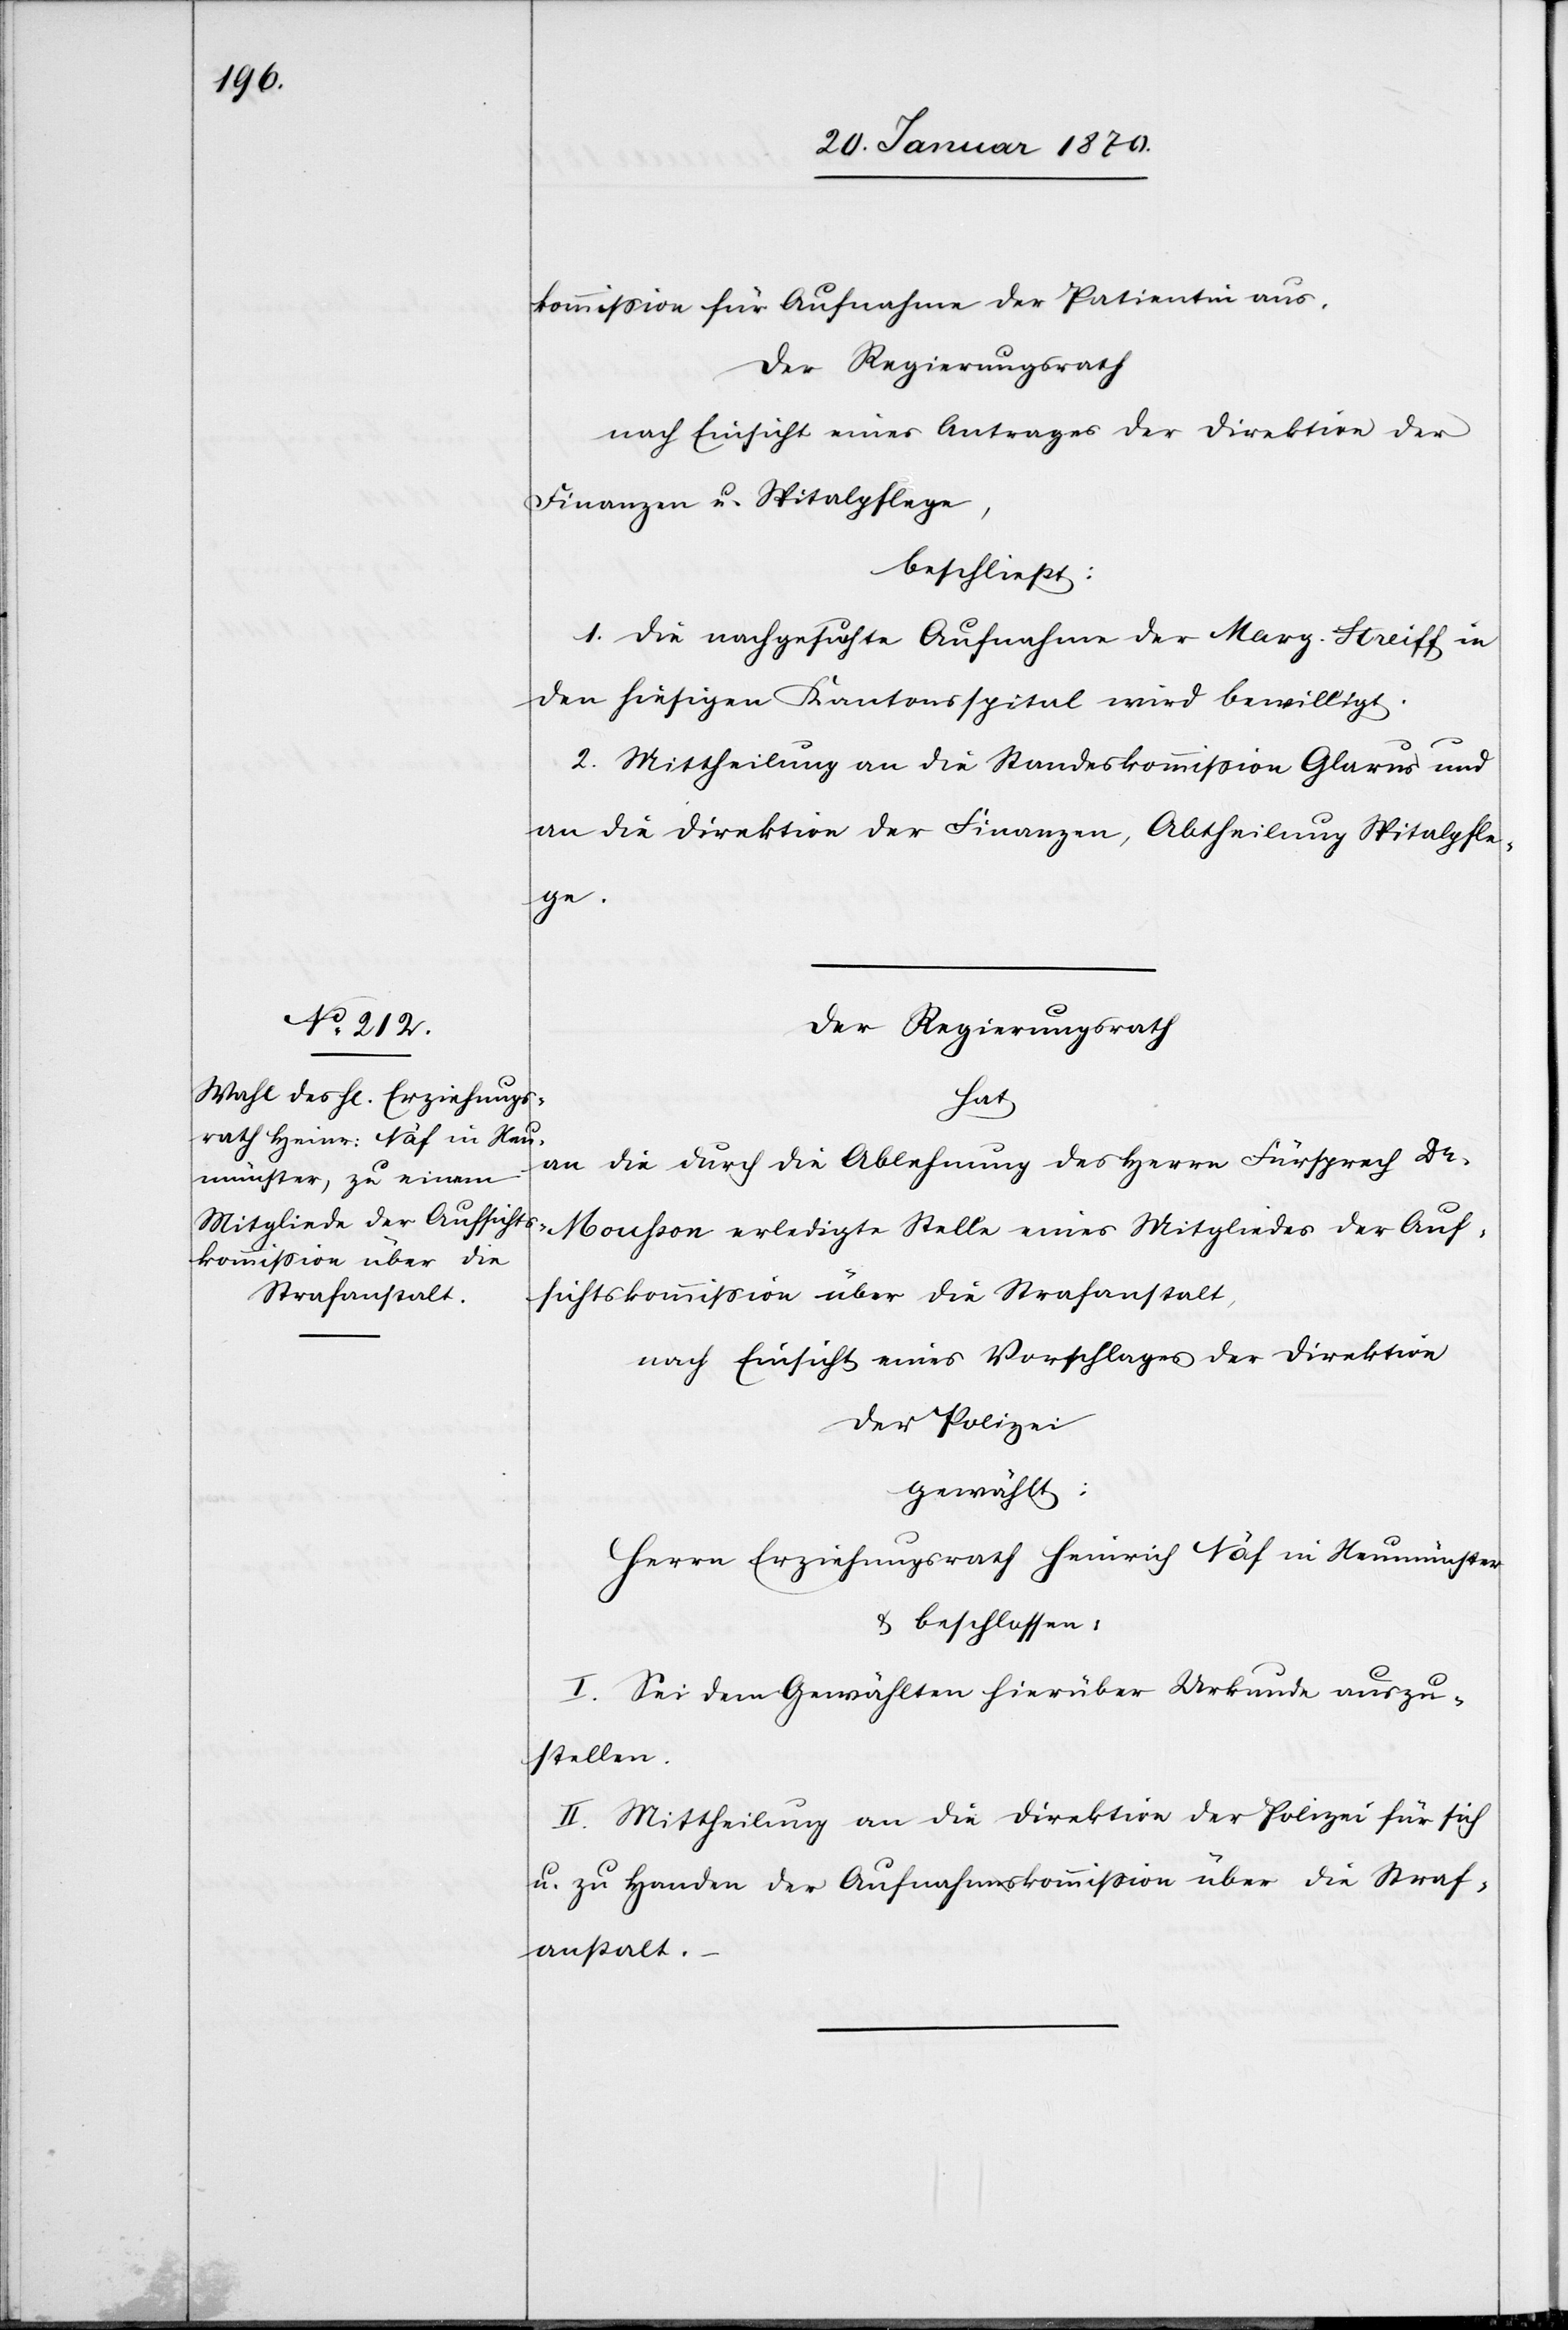
kommission für Aufnahme der Patientin aus.
Der Regierungsrath
nach Einsicht eines Antrages der Direktion der
Finanzen u. Spitalpflege,
beschließt:
1. Die nachgesuchte Aufnahme der Marg. Streiff in
den hiesigen Kantonsspital wird bewilligt.
2. Mittheilung an die Standeskommission Glarus und
an die Direktion der Finanzen, Abtheilung Spitalpfle¬
ge.
Der Regierungsrath
hat
an die durch die Ablehnung des Herrn Fürsprech Dr.
Mousson erledigte Stelle eines Mitgliedes der Auf¬
sichtskommission über die Strafanstalt,
nach Einsicht eines Vorschlages der Direktion
der Polizei
gewählt:
Herrn Erziehungsrath Heinrich Näf in Neumünster
u. beschlossen:
I. Sei dem Gewählten hierüber Urkunde auszu¬
stellen.
II. Mittheilung an die Direktion der Polizei für sich
u. zu Handen der Aufnahmskommission über die Straf¬
anstalt.